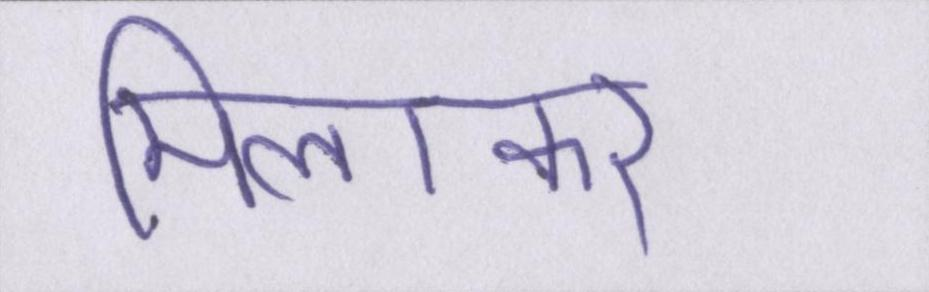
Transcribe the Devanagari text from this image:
मिलाकर